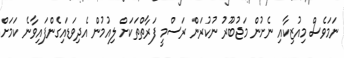
ނަމަވެސް މިއުޒިކާއި ނެށުން މަޖުބޫރު ނުކުރަން ރަސްމީ ފަރާތްތަކަށް ލިއުމުން އެދިވަޑައިގެންފައިވާނެ ކަމަށް